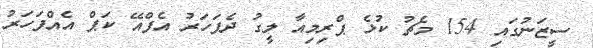
ސީޒަނުގައި 154 މެޗު ކުޅެ ޕްރިމިއާ ލީގު ދެފަހަރު އެފްއޭ ކަޕް އެއްފަހަރު